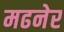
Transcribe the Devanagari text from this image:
मढनेर